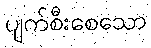
ပျက်စီးစေသော